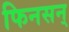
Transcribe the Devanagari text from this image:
फिनसन्‌